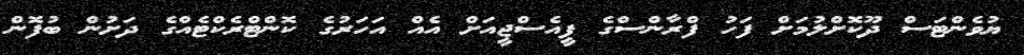
ޔުވެންޓަސް ދޫކޮށްލުމަށް ފަހު ފްރާންސްގެ ޕީއެސްޖީއަށް އެއް އަހަރުގެ ކޮންޓްރެކްޓެއްގެ ދަށުން ބުފޮން